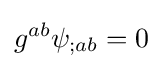
g^{ab}\psi _{;ab}=0